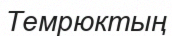
Темрюктың